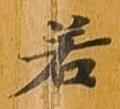
若